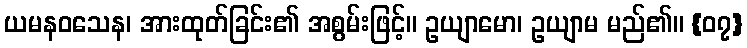
ယမနဝသေန၊ အားထုတ်ခြင်း၏ အစွမ်းဖြင့်။ ဥယျာမော၊ ဥယျာမ မည်၏။ {၀၇}